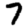
Digit: 7